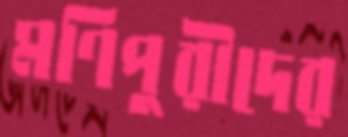
মণিপুরীদের